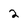
Character: 2